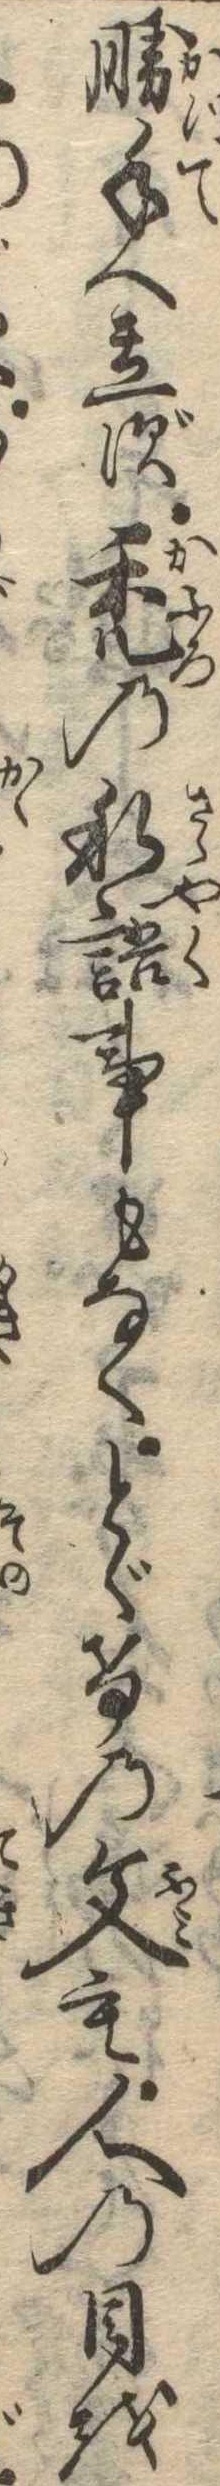
勝手へ立ず禿の私語事もなくとゞけの文も人の目を